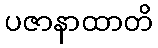
ပဇာနာထာတိ